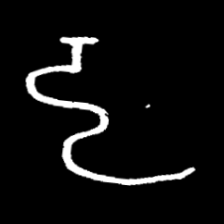
Pyu character \u2014 Myanmar letter: ဠ (romanized: lla)